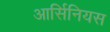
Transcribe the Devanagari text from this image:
आर्सिनियस